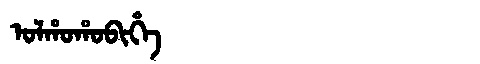
Manchu: ᠣᠯᡥᠣᡥᠣᠪᡳᡥᡝ
Romanization: OLHOHOBIHE